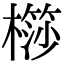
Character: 𣜤